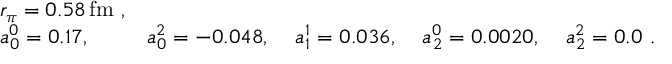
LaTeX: \begin{array} { l l l l l } { { r _ { \pi } = 0 . 5 8 \, \mathrm { f m } ~ , } } & { { } } & { { } } & { { } } & { { } } \\ { { a _ { 0 } ^ { 0 } = 0 . 1 7 , \; } } & { { a _ { 0 } ^ { 2 } = - 0 . 0 4 8 , \; } } & { { a _ { 1 } ^ { 1 } = 0 . 0 3 6 , \; } } & { { a _ { 2 } ^ { 0 } = 0 . 0 0 2 0 , \; } } & { { a _ { 2 } ^ { 2 } = 0 . 0 ~ . } } \end{array}